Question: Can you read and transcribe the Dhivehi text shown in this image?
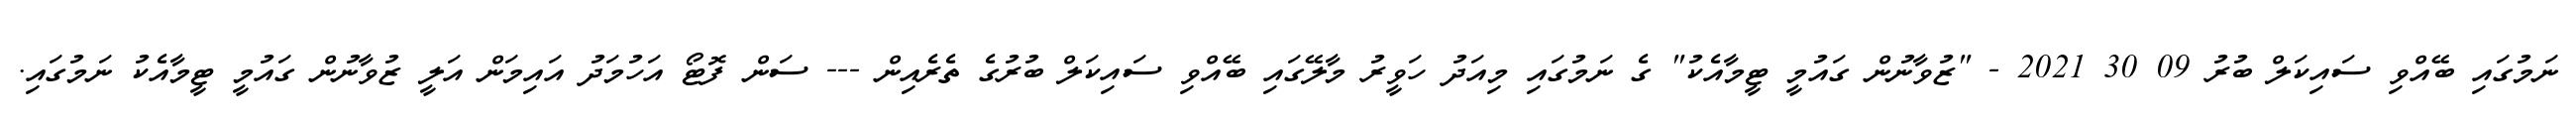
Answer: ނަމުގައި ބޭއްވި ސައިކަލް ބުރު 09 30 2021 - "ޒުވާނުން ގައުމީ ޓީމާއެކު" ގެ ނަމުގައި މިއަދު ހަވީރު މާލޭގައި ބޭއްވި ސައިކަލް ބުރުގެ ތެރެއިން --- ސަން ފޮޓޯ އަހުމަދު އައިމަން އަލީ ޒުވާނުން ގައުމީ ޓީމާއެކު ނަމުގައި.